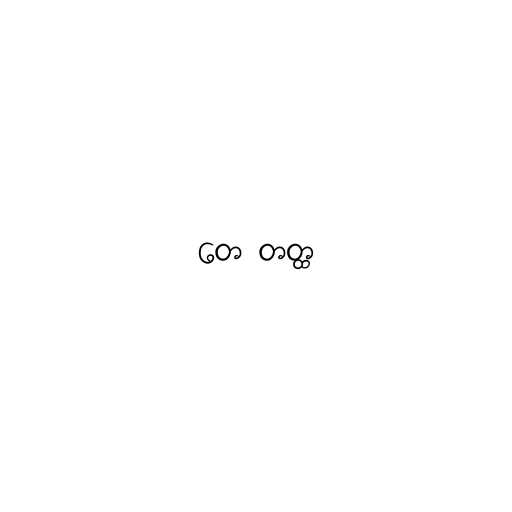
တေ တတ္ထ